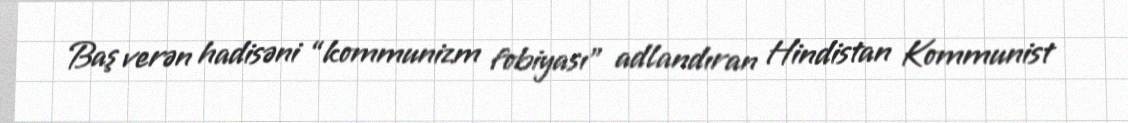
Baş verən hadisəni “kommunizm fobiyası” adlandıran Hindistan Kommunist